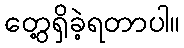
တွေ့ရှိခဲ့ရတာပါ။